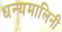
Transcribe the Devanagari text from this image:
धन्यमालिनी